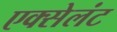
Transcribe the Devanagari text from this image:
एक्सेलंट